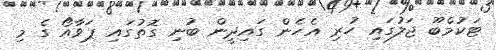
ޓަކުމްބޫ ޖަލުގައި ހުރި އެހެން ގައިދީން ބުނި ގޮތުގައި ޕަވާއޯ ގެ މި